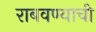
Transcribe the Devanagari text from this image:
राबवण्याची